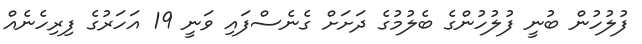
ފުލުހުން ބުނީ ފުލުހުންގެ ބެލުމުގެ ދަށަށް ގެނެސްފައި ވަނީ 19 އަހަރުގެ ފިރިހެނެއް